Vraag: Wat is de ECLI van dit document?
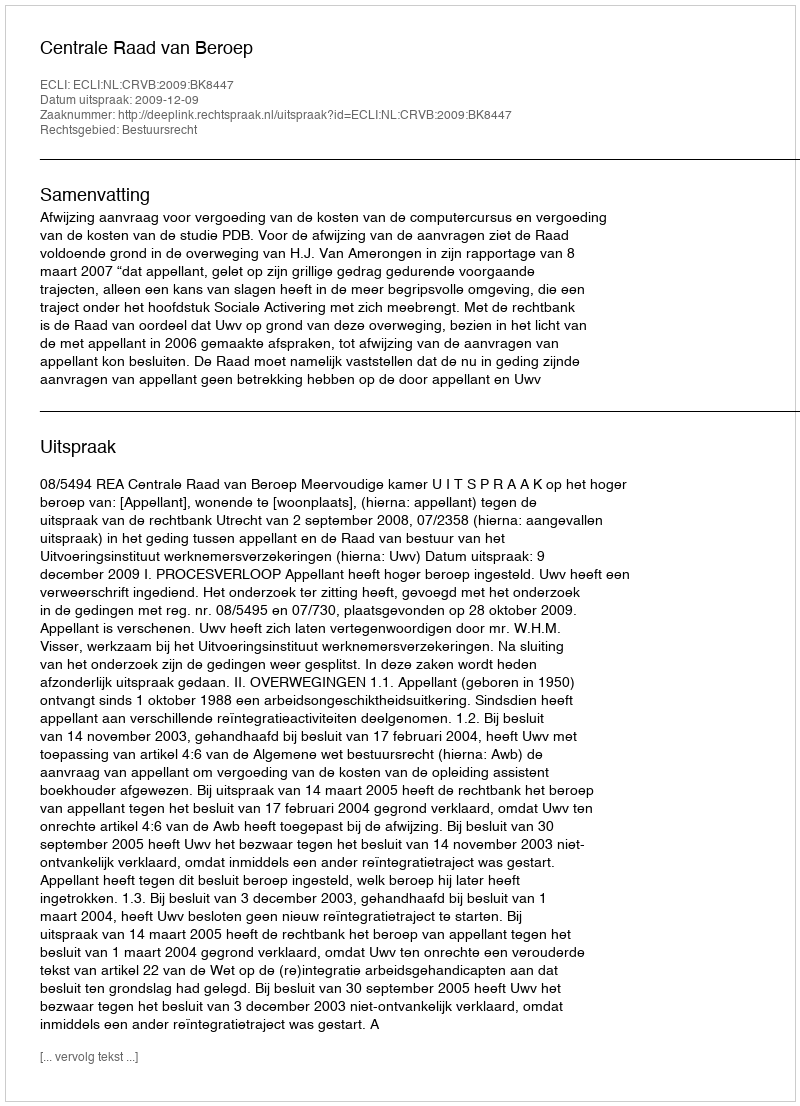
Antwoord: ECLI:NL:CRVB:2009:BK8447